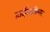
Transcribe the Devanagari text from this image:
हाईकमिश्नर